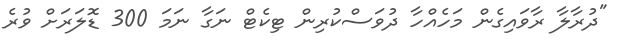
"ދުރާލާ ރާވައިގެން މަހެއްހާ ދުވަސްކުރިން ޓިކެޓް ނަގާ ނަމަ 300 ޑޮލަރަށް ވުރެ